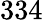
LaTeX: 334